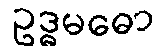
ဥဒ္ဓမဓော